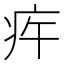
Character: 𤵍